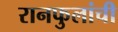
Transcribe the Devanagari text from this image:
रानफुलांची